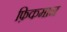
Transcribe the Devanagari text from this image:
फ़िकमान